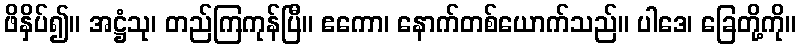
ဖိနှိပ်၍။ အဋ္ဌံသု၊ တည်ကြကုန်ပြီ။ ဧကော၊ နောက်တစ်ယောက်သည်။ ပါဒေ၊ ခြေတို့ကို။